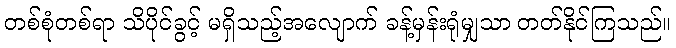
တစ်စုံတစ်ရာ သိပိုင်ခွင့် မရှိသည့်အလျောက် ခန့်မှန်းရုံမျှသာ တတ်နိုင်ကြသည်။